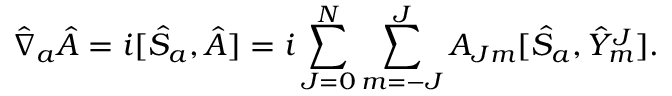
{ \hat { \nabla } } _ { a } { \hat { A } } = i [ { \hat { S } } _ { a } , { \hat { A } } ] = i \sum _ { J = 0 } ^ { N } \sum _ { m = - J } ^ { J } A _ { J m } [ { \hat { S } } _ { a } , { \hat { Y } } _ { m } ^ { J } ] .